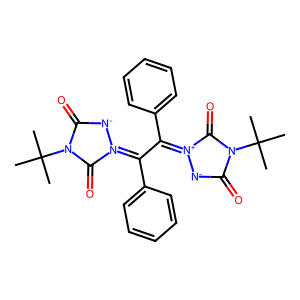
SMILES: CC(C)(C)N1C(=O)[N-][N+](=C(C(c2ccccc2)=[N+]2[N-]C(=O)N(C(C)(C)C)C2=O)c2ccccc2)C1=O
Inhibits HIV replication: No